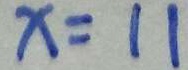
x = 1 1